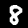
Label: 8